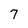
Character: 7